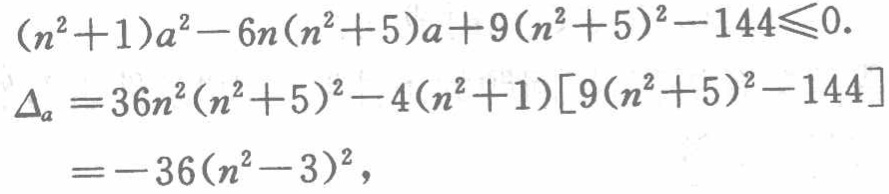
\((n^{2}+1)a^{2}-6n(n^{2}+5)a + 9(n^{2}+5)^{2}-144\leqslant0.\)

\(\Delta_{a}=36n^{2}(n^{2}+5)^{2}-4(n^{2}+1)[9(n^{2}+5)^{2}-144]\)

\(=-36(n^{2}-3)^{2},\)